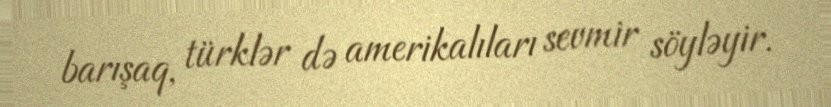
barışaq, türklər də amerikalıları sevmir söyləyir.